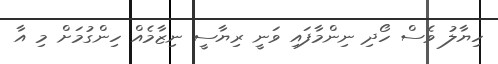
ހިޔާލު ވެސް ހޯދި ނިންމާފައި ވަނީ ރިޔާސީ ނިޒާމެއް ހިންގުމަށް މި އާ